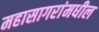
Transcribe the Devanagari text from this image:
महासागरांमधील